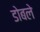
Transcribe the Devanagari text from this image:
डोबले